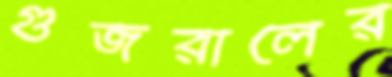
গুজরালের